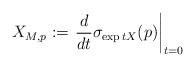
LaTeX: \begin{align*}X_{M,p}:=\left. \frac{d}{dt}\sigma _{\exp tX}(p)\right|_{t=0}\end{align*}